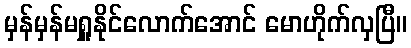
မှန်မှန်မရှူနိုင်လောက်အောင် မောဟိုက်လှပြီ။